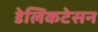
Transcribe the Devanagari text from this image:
डेलिकटेसन